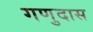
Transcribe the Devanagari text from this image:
गणुदास